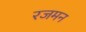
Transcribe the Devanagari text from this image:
रजमन